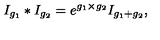
I _ { g _ { 1 } } \ast I _ { g _ { 2 } } = e ^ { g _ { 1 } \times g _ { 2 } } I _ { g _ { 1 } + g _ { 2 } } ,